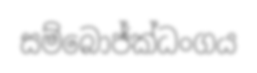
සම්බොජ්ක්ධංගය